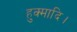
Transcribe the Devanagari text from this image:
हुक्मादि।